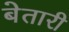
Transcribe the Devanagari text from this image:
बेतारी